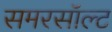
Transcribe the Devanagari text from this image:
समरसॉल्ट